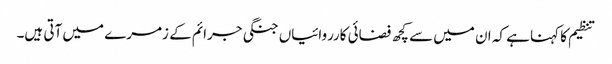
تنظیم کا کہنا ہے کہ ان میں سے کچھ فضائی کارروائیاں جنگی جرائم کے زمرے میں آتی ہیں۔